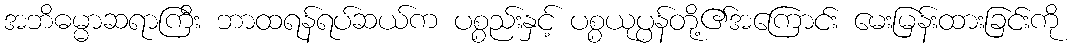
အဘိဓမ္မာဆရာကြီး ဘာထရန်ရပ်ဆယ်က ပစ္စည်းနှင့် ပစ္စယုပ္ပန်တို့၏အကြောင်း မေးမြန်းထားခြင်းကို